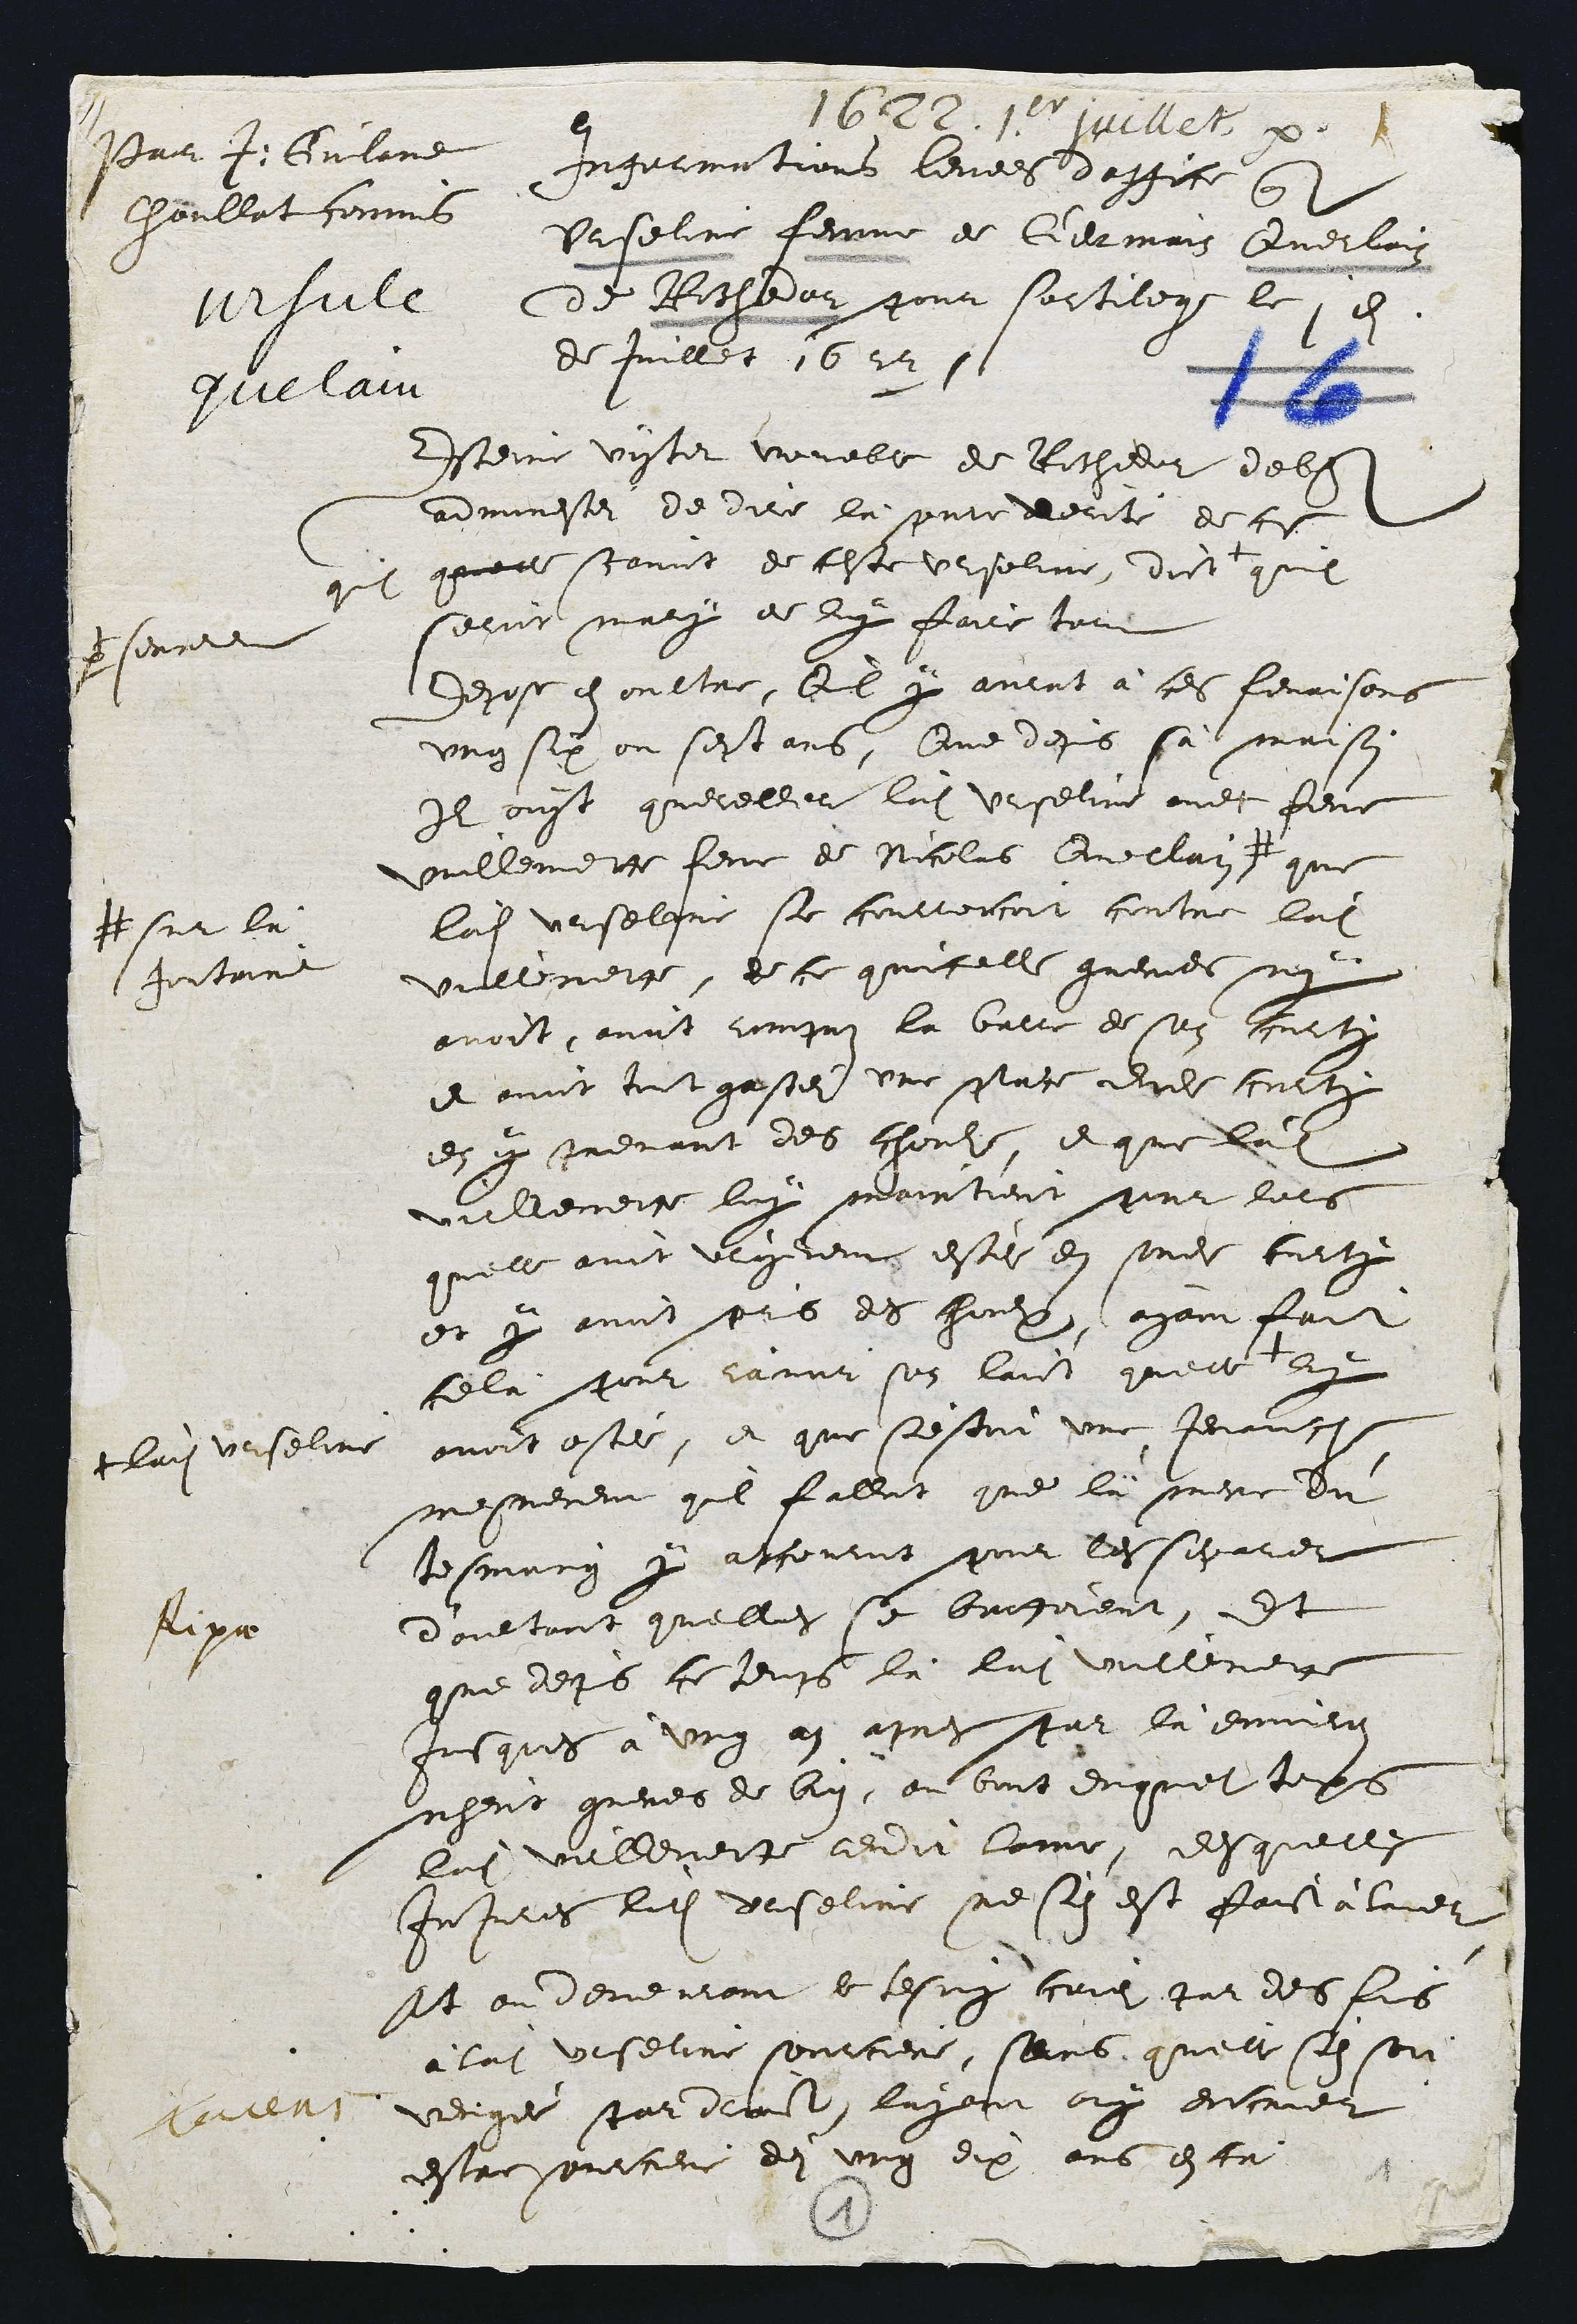
Par 4. Gulan
Choullat commi
"2fule
fielaic

1622 1,aillet p
Ingrrmations levees d'affice qui
Urseline femme de Germain Querloin
de Rochedar pour sortilege le, en
de Juullet 1622 s

Esteine vister vouable de Richedur d'ebse
adminestei de dire là pure verite de ces
quit quelle scavoit de ceste Urseline, dicte
pseurre
quil
Cerie mary de luy faire tout
depose en oultre, Ql y aulrat à ces fenaisons
ung six ou sept ans, Que depuis sà maison
Il oust quereller ladite Urseline avec feme
Vuillemetce feme de Nicolas Querlain
# sur la
Jontaine
que
ladite Urselqre se courroncoit contre ladite
villenetce, de ce quicelle gremes ny
avoit, avoit rompus la balre de son curte
et avoit tout gastei une pace dudit cuicy
en yy rrevant des chouhs, et que ladite
viellemeice luy maintient pour lors
quelle avoit vrgerent estei en sondit corty
et y avoit pris des houps, ayant fait
celà pour ravir son laict quelle
+ladite Urseline
dy
avoit ostee, et que s'estoit une Jeciampt
mesmement quil fallot que là mere du
tesmuing y apcouroit pour lessoparer
daultant quellei se brefoient, Et
que depuis ce teups là ladite vullemeit
susques à ung n apres par là envien
ngeut gueres de bion, ou bout duquel tops
lui uebevette reudit lame, desquelles
Injures ludit drseline ne sin est faist alaie
st ou deveurant ee tesmy criei par des fis
à ladite viserine sourciere, sans, quell s'en sot
venge par dract layetit ouy encuier
estre sourciere dei ung dix ans esta

fipr

7
1